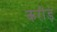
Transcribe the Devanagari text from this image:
करोंड़